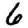
Digit: 6